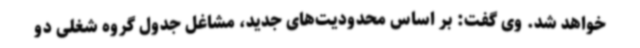
خواهد شد. وی گفت: بر اساس محدودیت‌های جدید، مشاغل جدول گروه شغلی دو